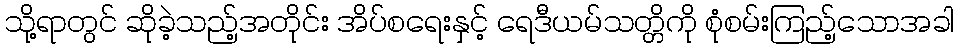
သို့ရာတွင် ဆိုခဲ့သည့်အတိုင်း အိပ်စရေးနှင့် ရေဒီယမ်သတ္တိကို စုံစမ်းကြည့်သောအခါ